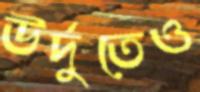
উর্দুতেও